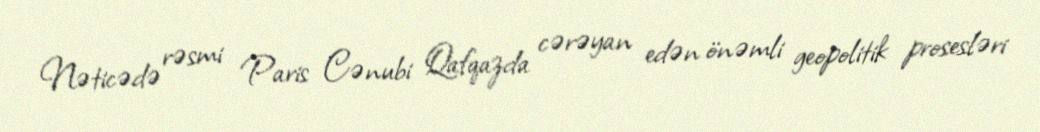
Nəticədə rəsmi Paris Cənubi Qafqazda cərəyan edən önəmli geopolitik prosesləri